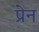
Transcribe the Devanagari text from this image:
प्रेन